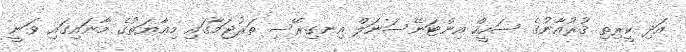
އަދި ކީރިތި ޤުރުއާނުގެ ސަހީހް އިންޓަނޭސަނަލް އިނގިރޭސި ތަރުޖަމާގައި މިއާޔަތުގެ މާނައިގައި ވަނީ